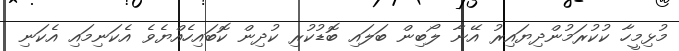
މުޅިމީހާ ކުކުރަމުންދިޔައިރު އޭނާ ލޯބިން ބަލައި ބޮޑުކުރި ކުދިން ކޮބައިހެއްޔެވެ އެކަނިމައި އެކަނި